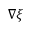
\nabla \xi